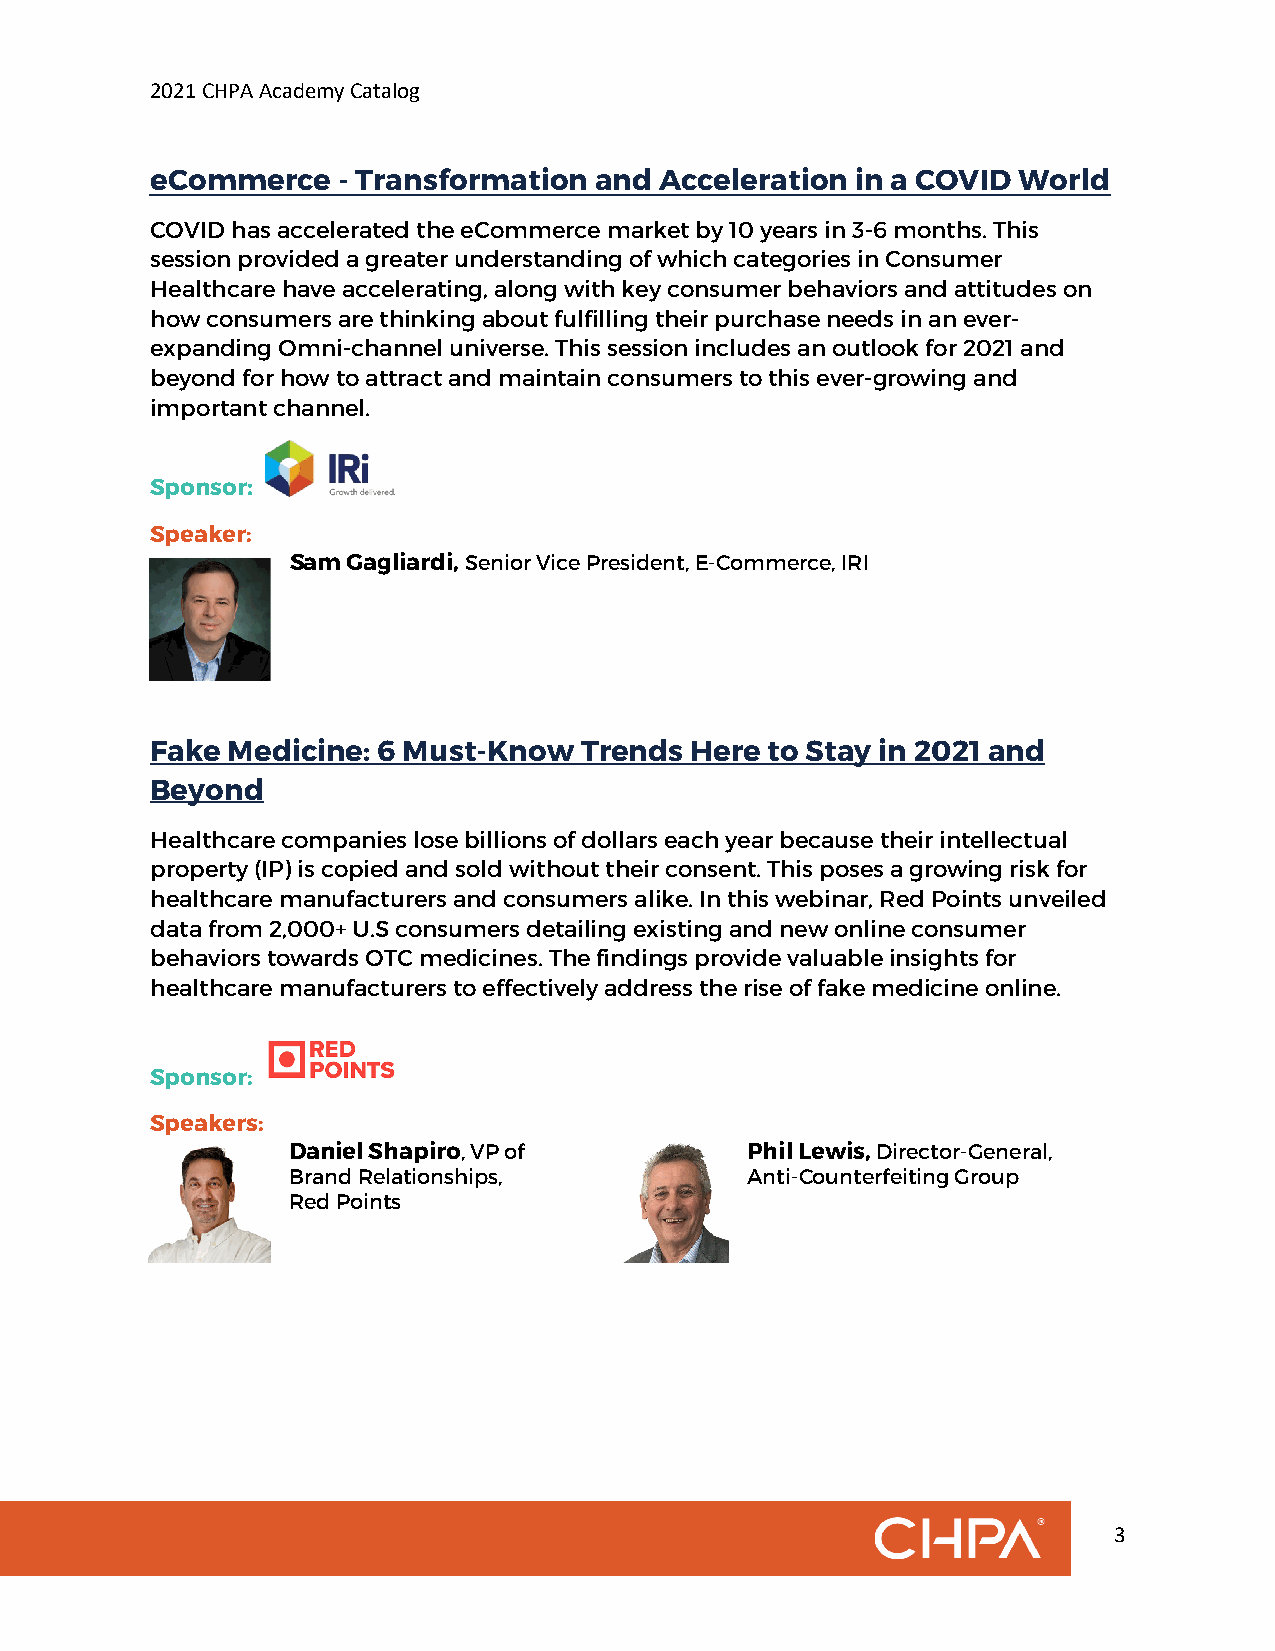
2021 CHPA Academy Catalog
 eCommerce   - Transformation and  Acceleration in a COVID World
 COVID has accelerated the eCommerce market by 10 years in 3-6 months. This
 session provided a greater understanding of which categories in Consumer
 Healthcare have accelerating, along with key consumer behaviors and attitudes on
 how consumers are thinking about fulfilling their purchase needs in an ever-
 expanding Omni-channel universe. This session includes an outlook for 2021 and
 beyond for how to attract and maintain consumers to this ever-growing and
 important channel.
 Sponsor:
 Speaker:
 Sam Gagliardi, Senior Vice President, E-Commerce, IRI
 Fake Medicine: 6 Must-Know  Trends  Here to Stay in 2021 and
 Beyond
 Healthcare companies lose billions of dollars each year because their intellectual
 property (IP) is copied and sold without their consent. This poses a growing risk for
 healthcare manufacturers and consumers alike. In this webinar, Red Points unveiled
 data from 2,000+ U.S consumers detailing existing and new online consumer
 behaviors towards OTC medicines. The findings provide valuable insights for
 healthcare manufacturers to effectively address the rise of fake medicine online.
 Sponsor:
 Speakers:
 Daniel Shapiro, VP of         Phil Lewis, Director-General,
 Brand Relationships,          Anti-Counterfeiting Group
 Red Points
 3